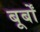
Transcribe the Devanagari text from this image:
बूर्बों